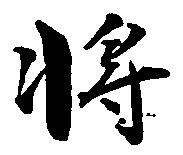
将